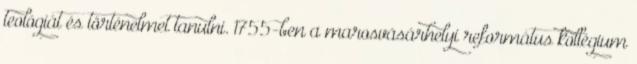
teológiát és történelmet tanulni. 1755-ben a marosvásárhelyi református kollégium